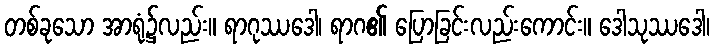
တစ်ခုသော အာရုံ၌လည်း။ ရာဂုဿဒေါ၊ ရာဂ၏ ပြောခြင်းလည်းကောင်း။ ဒေါသုဿဒေါ၊